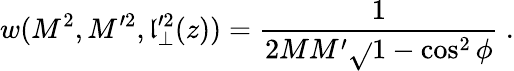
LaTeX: w(M^{2},M^{\prime2},{\mathfrak{l}}_{\perp}^{\prime2}(z))=\frac{{1}}{{2M{M}^{\prime}\sqrt{}{{1-\cos^{2}\phi}}}}\ .